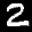
Label: 2